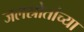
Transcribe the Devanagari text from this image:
जलस्रोतांच्या